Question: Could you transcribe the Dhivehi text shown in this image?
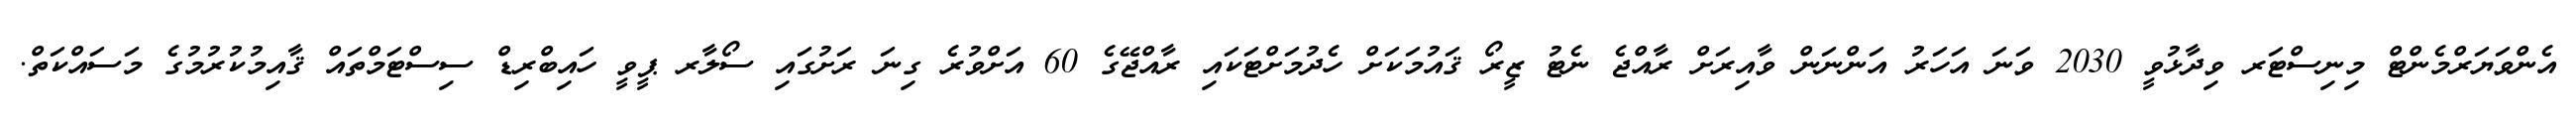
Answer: އެންވަޔަރްމެންޓް މިނިސްޓަރ ވިދާޅުވީ 2030 ވަނަ އަހަރު އަންނަން ވާއިރަށް ރާއްޖެ ނެޓު ޒީރޯ ޤައުމަކަށް ހެދުމަށްޓަކައި ރާއްޖޭގެ 60 އަށްވުރެ ގިނަ ރަށުގައި ސޯލާރ ޕީވީ ހައިބްރިޑް ސިސްޓަމްތައް ޤާއިމުކުރުމުގެ މަސައްކަތް.